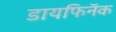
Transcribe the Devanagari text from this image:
डायफिनॅक